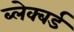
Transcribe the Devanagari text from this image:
ब्लेक्बर्ड